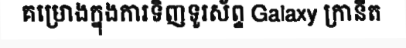
គម្រោងក្នុងការទិញទូរស័ព្ទ Galaxy ក្រានីត